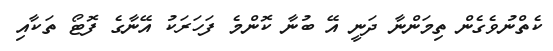
ކެތްނުވެގެން ތިމަންނާ ދަނީ އޭ ބުނާ ކޮންމެ ފަހަރަކު އޭނާގެ ފޮޓޯ ތަކާއި